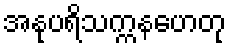
အနုပရိသက္ကနဟေတု